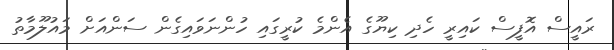
ރައީސް އޮފީސް ކައިރީ ހެދި ކިޔޫގެ އެންމެ ކުރީގައި ހުންނަވައިގެން ސަންއަށް މައުލޫމާތު